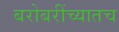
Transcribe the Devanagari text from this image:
बरोबरींच्यातच